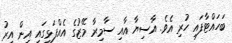
ބަހައްޓާފައި ހުރި އެވެ. އާސިޔާ އާއި ސާމިރާ މޭޒުގެ އެއްފަޅީގައި އިން އިރު